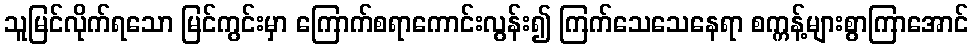
သူမြင်လိုက်ရသော မြင်ကွင်းမှာ ကြောက်စရာကောင်းလွန်း၍ ကြက်သေသေနေရာ စက္ကန့်များစွာကြာအောင်